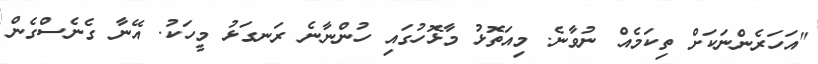
"އަހަރެންނަކަށް ތިކަމެއް ނުވާނެ. މިއަތޮޅު މާޅޮހުގައި ހުންނާނެ ރަނގަޅު މީހަކު. އޭނާ ގެނެސްގެން